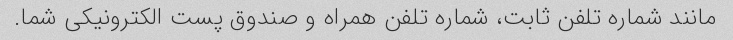
مانند شماره تلفن ثابت، شماره تلفن همراه و صندوق پست الکترونیکی شما.